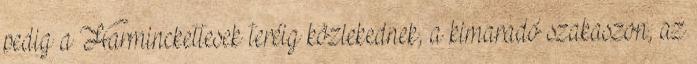
pedig a Harminckettesek teréig közlekednek, a kimaradó szakaszon, az